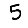
Digit: 5